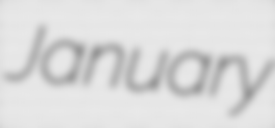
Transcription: January